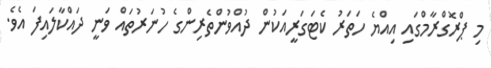
މި ޕްރޮގްރާމްގައި އިއްޔެ ހަތަރު ކެޓަގަރީއަކުން ދުއްވުންތެރިންގެ ހުނަރުތައް ވަނީ ދައްކާލައިފަ އެވެ.